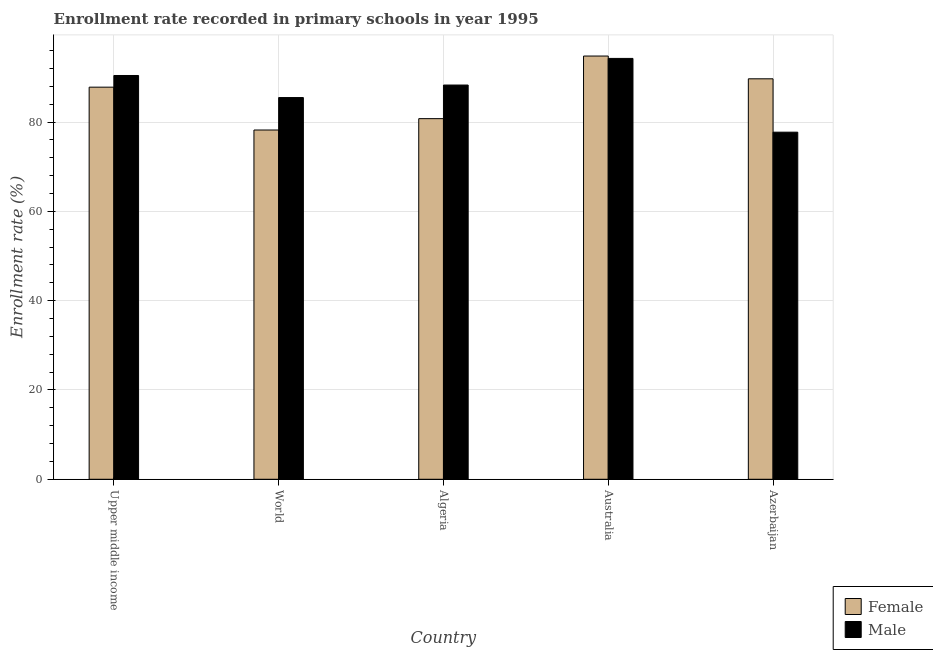
| Country | Female | Male |
 | --- | --- | --- |
 | Upper middle income | 87.8 | 90.4 |
 | World | 78.2 | 85.5 |
 | Algeria | 80.8 | 88.3 |
 | Australia | 94.8 | 94.3 |
 | Azerbaijan | 89.7 | 77.7 |